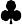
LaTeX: \clubsuit